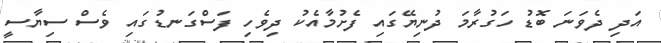
އަދި ދެވަނަ ބޮޑު ހަގުރާމަ ދުނިޔޭގައި ފެށުމާއެކު ދިވެހި ފަސްގަނޑުގައި ވެސް ސިޔާސީ